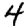
Digit: 4